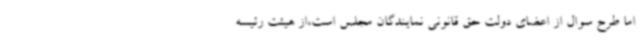
اما طرح سوال از اعضای دولت حق قانونی نمایندگان مجلس است،از هیئت رئیسه